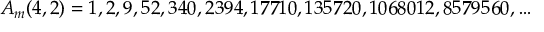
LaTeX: A _ { m } ( 4 , 2 ) = 1 , 2 , 9 , 5 2 , 3 4 0 , 2 3 9 4 , 1 7 7 1 0 , 1 3 5 7 2 0 , 1 0 6 8 0 1 2 , 8 5 7 9 5 6 0 , \ldots